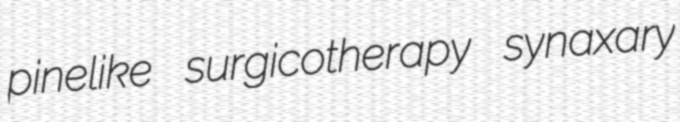
pinelike surgicotherapy synaxary